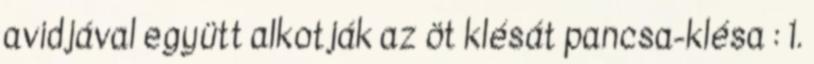
avidjával együtt alkotják az öt klésát pancsa-klésa : 1.